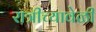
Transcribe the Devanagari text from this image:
रात्रीच्यावेळी